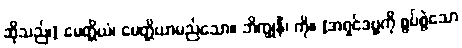
ဆိုသည်၊] မေတ္တိယံ၊ မေတ္တိယာမည်သော။ ဘိက္ခုနိံ၊ ကို။ [အရှင်ဒဗ္ဗကို စွပ်စွဲသော